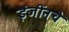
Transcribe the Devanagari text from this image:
इंजींनचे